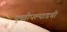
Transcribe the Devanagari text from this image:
पृथ्वीपल्याडची